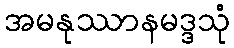
အမနုဿာနမဒ္ဒသုံ